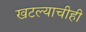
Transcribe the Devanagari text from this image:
खटल्याचीही